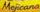

				Mejicana